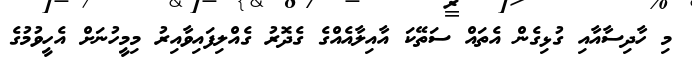
މި ހާދިސާއާއި ގުޅިގެން އެތައް ސަތޭކަ އާއިލާއެއްގެ ގެދޮރު ގެއްލިފައިވާއިރު މިމީހުނަށް އެހީވުމުގެ